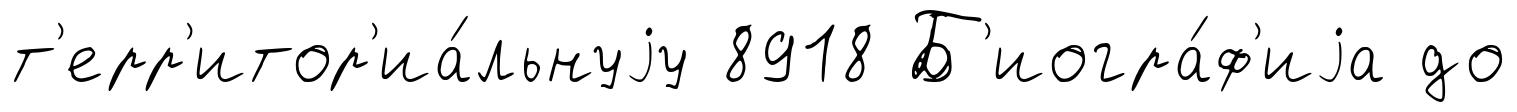
т'ерр'итор'иа́льнуjу 8918 Б'иогра́ф'иjа до